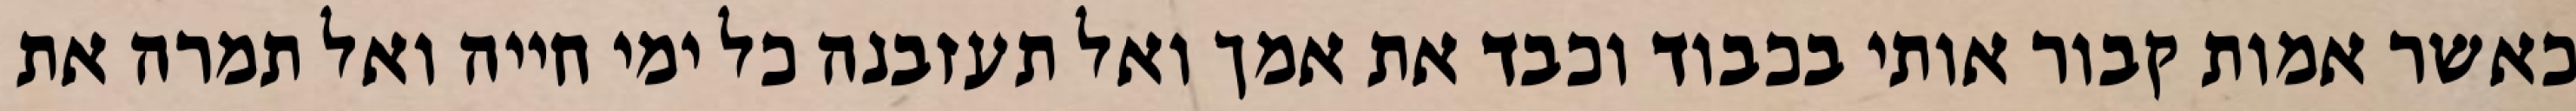
כאשר אמות קבור אותי בכבוד וכבד את אמך ואל תעזבנה כל ימי חייה ואל תמרה את